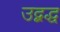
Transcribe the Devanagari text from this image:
उद्बद्ध